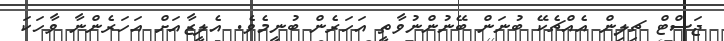
ޖަސްޓް ޗިލިން އެއްޗެކޭ ބުނަން ބޭނުންނުވާތީ އަހަރެން ބުނީމެވެ. އެލީޒާއަށް އަހަރެންނާ ވާހަކަ